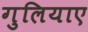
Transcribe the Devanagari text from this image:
गुलियाए